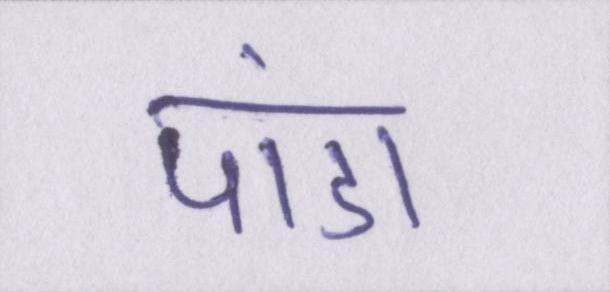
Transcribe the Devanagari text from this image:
पांडा